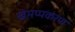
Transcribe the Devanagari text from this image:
खेमप्पकरण